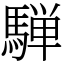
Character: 騨